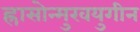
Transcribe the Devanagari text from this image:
ह्रासोन्मुखयुगीन